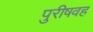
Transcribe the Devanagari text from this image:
पुरीषवह